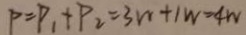
P = P _ { 1 } + P _ { 2 } = 3 w + 1 w = 4 w